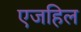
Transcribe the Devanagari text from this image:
एजहिल